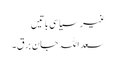
غیر سیاسی باتیں
سعد اللہ جان برق۔